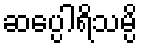
ဆပ္ပေါရိသမ္ပိ